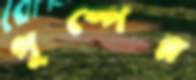
পুষ্পের